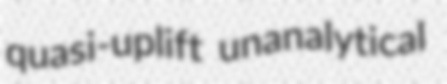
quasi-uplift unanalytical